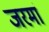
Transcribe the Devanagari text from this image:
जरमां